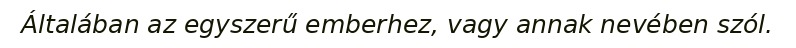
Általában az egyszerű emberhez, vagy annak nevében szól.